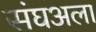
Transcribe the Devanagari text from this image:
संघअला